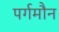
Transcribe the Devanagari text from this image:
पर्गमौन